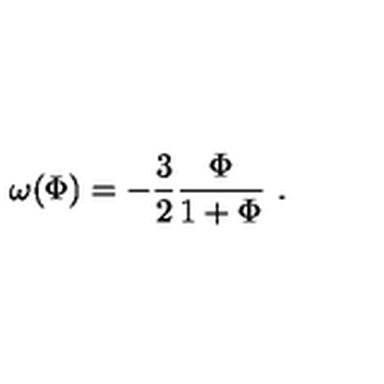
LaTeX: \omega ( \Phi ) = - { \frac { 3 } { 2 } } { \frac { \Phi } { 1 + \Phi } } \ .